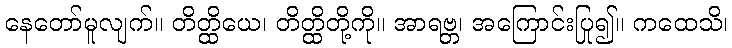
နေတော်မူလျက်။ တိတ္ထိယေ၊ တိတ္ထိတို့ကို။ အာရဗ္ဘ၊ အကြောင်းပြု၍။ ကထေသိ၊